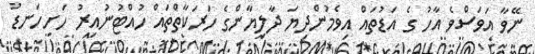
ނޭވާ އަވަސްވެ އާހު ގެ އަޑުތައް އިވެމުންދިޔަ ދާލިޔާންގެ ހަރަކާތްތައް ހުއްޓުނުއިރު ހަށިހަނޑު